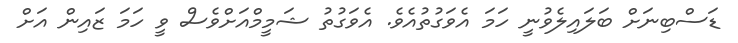
ޑަސްބިނަށް ބަލައިލެވުނީ ހަމަ އެވަގުތުއެވެ. އެވަގުތު ޝަމީމްއަށްވެސް ވީ ހަމަ ޒައިން އަށް